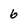
Character: 6